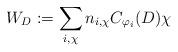
LaTeX: \begin{align*}W_D:=\sum_{i,\chi}n_{i,\chi}C_{\varphi_i}(D)\chi\end{align*}